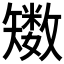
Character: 𥐈